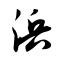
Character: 浜